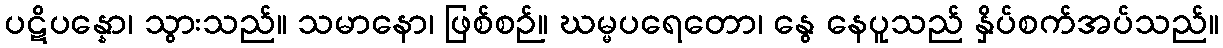
ပဋိပန္နော၊ သွားသည်။ သမာနော၊ ဖြစ်စဉ်။ ဃမ္မပရေတော၊ နွေ နေပူသည် နှိပ်စက်အပ်သည်။